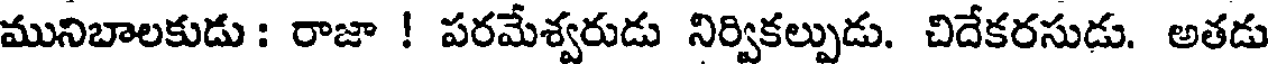
మునిబాలకుడు : రాజా ! పరమేశ్వరుడు నిర్వికల్పుడు. చిదేకరసుడు. అతడు